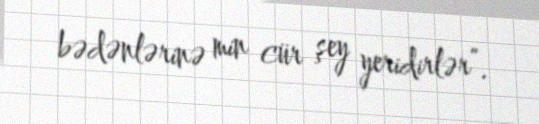
bədənlərinə min cür şey yeridirlər”.